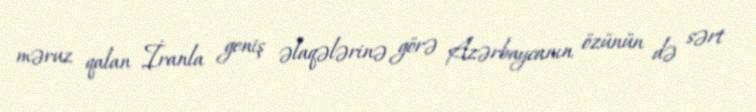
məruz qalan İranla geniş əlaqələrinə görə Azərbaycanın özünün də sərt